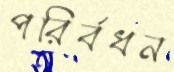
পরির্বধন